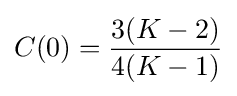
C(0)={\frac {3(K-2)}{4(K-1)}}